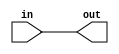
module top_module(
    input in,
    output out
);

    // Direct assignment to reflect wire behavior
    assign out = in;

endmodule